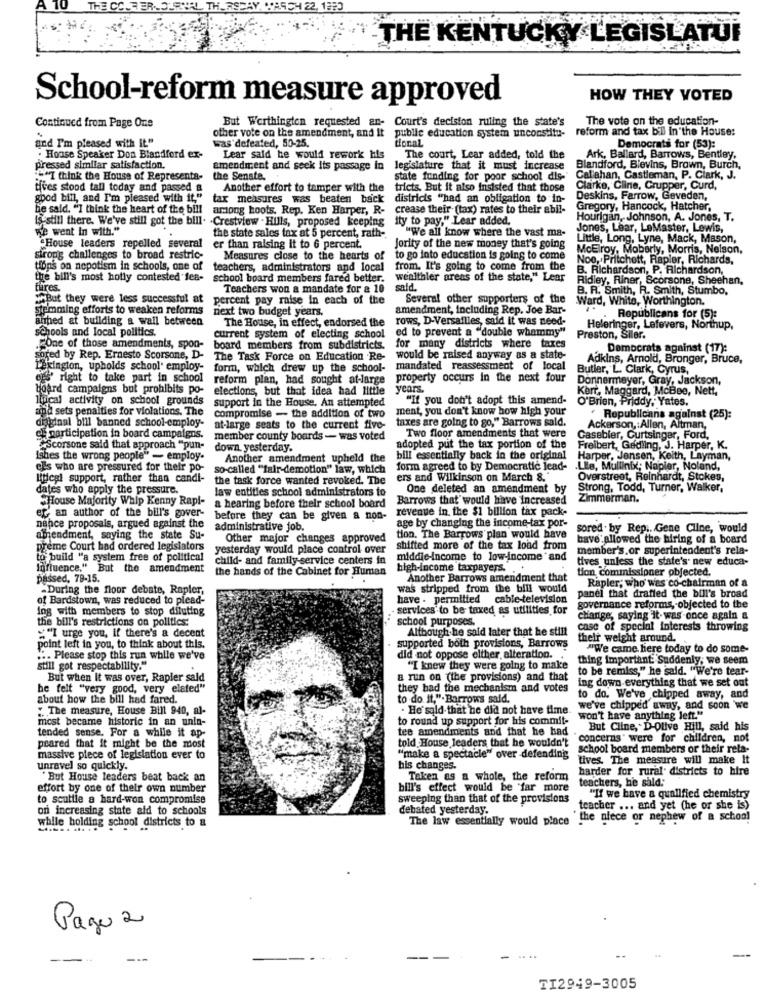
THE
L TH.
THE KENTUCKY LEGISLATUI
School-reform measure approved
HOW THEY VOTED
But Worthington requested an- Court's decision ruling the state's
The vote on the education-
Continued from Page One
other vote on the amendment, and It public education system unconstitu-
reform and tax bil In the House:
was defeated, 50-25.
and I'm pleased with it."
donal
Democrats for (53):
. House Speaker Don Blandford ex-
Lear said he would rework his
The court, Lear added, told the
Ark, Ballard, Barrows, Bentley,
pressed similar satisfaction.
amendment and seek its passage in
legislature that it must increase
Blandford, Blevins, Brown, Burch,
"I think the House of Representa-
the Senate.
state funding for poor school dis-
Callahan, Castleman, P. Clark, J.
tives stood tall today and passed a
Another effort to tamper with the
tricts. But it also insisted that those
Clarke, Cline, Grupper, Curd,
good bill, and I'm pleased with it"
tax measures was beaten back
districts "had an obligation to in-
Deskins, Farrow, Geveden,
he said. "I think the heart of the bill
among hoots. Rep. Ken Harper, R-
crease their (tax) rates to their abil-
Gregory, Hancock, Hatcher,
Is still there. We've still got the bill.
.Crestview . Hills, proposed keeping
ity to pay," Lear added,
Hourigan, Johnson, A. Jones, T.
we went in with."
"We all know where the vast ma-
Jones, Lear, LeMaster, Lewis,
the state sales tax at 5 percent, rath -.
Little, Long, Lyne, Mack, Mason,
-House leaders repelled several
er than raising it to 6 percent.
Jority of the new money that's going
McElroy, Moberly, Morris, Nelson,
siron's challenges to broad restric-
Measures close to the hearts of
to go into education is going to come
Noo, Pritchett, Rapler, Richards,
tions on nepotism in schools, one of
teachers, administrators and local
from. It's going to come from the
B. Richardson, P. Richardson,
the bill's most hotly contested fes- school board members fared better.
wealthler areas of the state," Lear
Ridley, Riner, Scorsone, Sheehan,
tures.
Teachers won a mandate for & 10
said.
B. R. Smith, R. Smith, Stumbo,
But they were less successful at
percent pay raise in each of the
Several other supporters of the
Ward, White, Worthington.
Stemming efforts to weaken reforms
next two budget years,
amendment, including Rep. Joe Bar-
Republicans for (5):
airhed at building a wall between
The House, in effect, endorsed the
rows, D-Versailles, said it was need-
ed to prevent a "double whammy"
Heleringer, Lefevers, Northup,
schools and local politics.
current system of electing school
Preston, Siler.
.One of those amendments, spon-
board members from subdistricts. for many districts where taxes
Democrats against (17):
sored by Rep. Ernesto Scorsone, D- The Task Force on Education Re-
would be raised anyway as a state-
Adkins, Arnold, Bronger, Bruce,
Lexington, upholds school' employ- form, which drew up the school-
mandated reassessment of local
Butler, L. Clark, Cyrus,
ogs' right to take part in school
reform plan, had sought at-large
property occurs In the next four
Donnermeyer, Gray, Jackson,
board campaigns but prohibits po-
elections, but that idea had little
years.
Kerr, Maggard, McBee, Nett,
linical activity on school grounds
support in the House. An attempted
"If you don't adopt this amend-
O'Brien, Priddy, Yates.
acid sets penalties for violations. The
ment, you don't know how high your
di iginal bill banned school-employ
compromise - the addition of two
taxes are going to go," Barrows sald.
Republicans against (25):
at-large seats to the current five-
Ackerson ,: Allen, Altman,
gi participation in board campaigns.
member county boards - was voted
Two floor amendments that were
Casebler, Curtsinger, Ford,
7'Scorsone said that approach "pun-
down. yesterday.
adopted put the tax portion of the
Freibert, Gedling, J. Harper, K.
Ishes the wrong people" - employ.
Another amendment upheld the
bill essentially back in the original
Harper, Jensen, Keith, Layman,
els who are pressured for their po-
so-called ""fair-demotion" law, which
form agreed to by Democratic lead-
.LIB, Mullinix; Napier, Noland,
Uitlegi support, rather than candi-
the task force wanted revoked. The
ers and Wilkinson on March 8.
Overstreet, Reinhardt, Stokes,
dates who apply the pressure.
law entities school administrators to
One deleted an amendment by
Strong, Todd, Turner, Walker,
House Majority Whip Kenny Rapl-
Barrows that would have Increased
Zimmerman.
er, an author of the bill's gover-
a hearing before their school board
revenue in the $1 billion tax pack-
before they can be given a non-
nance proposals, argued against the
administrative job.
age by changing the income-tax por-
sored . by Rep .. Gene Cline, would
abendment, saying the state Su-
Other major changes approved
tion, The Barrows plan would have
have allowed the hiring of a board
preme Court had ordered legislators
yesterday would place control over
shifted more of the tax load from
member's,or superintendent's rela-
to build "a system free of political
child- and family-service centers in
middle-income to low-income and
tives unless the state's new educa-
Influence," But the amendment
the hands of the Cabinet for Human
high-income taxpayers.
tion commissioner objected.
passed, 79-15.
Another Barrows amendment that
Rapler, who was co-chairman of a
"During the floor debate, Rapler,
was stripped from the bill would
of Bardstown, was reduced to plead-
have . permitted cable-television
panel that drafted the bill's broad
ins with members to stop diluting
services to be taxed as utilities for
governance reforms, objected to the
the bill's restrictions on politics:
school purposes.
charge, saying it-was once again a
="I urge you, if there's a decent
Although.he said later that he still
case of special interests throwing
their weight around.
point left in you, to think about this.
supported both provisions, Barrows
"We came here today to do some-
.. Please stop this run while we've
did not oppose elther, alteration.
thing important: Suddenly, we seem
still got respectability."
"I knew they were going to make
to be remiss," he said. "We're tear-
But when It was over, Rapier sald
a run on (the provisions) and that
ing down-everything that we set out
he felt "very good, very elated"
they had the mechanism and votes
about how the bill had fared.
to do it."- Barrows sald.
to do. We've chipped away, and
" The measure, House Bill 940, al-
. He said that he did not have time
we've chipped away, and soon we
mest became historic in an unin-
to round up support for his commit-
won't have anything left."
tee amendments and that he had
But Cline, D-Olive Hill, said his
tended sense. For a while it ap-
told House leaders that he wouldn't
concerns" were for children, not
peared that it might be the most
school board members or their rela-
massive piece of legislation ever to
"make a spectacle" over defending
tives. The measure will make It
unravel so quickly.
his changes.
harder for rural. districts to hire
"But House leaders beat back an
Taken as a whole, the reform
teachers, he said:"
effort by one of their own number
bill's effect would be far more
"If we have a qualified chemistry
to scuttle a hard-won compromise
sweeping than that of the provisions
on increasing state aid to schools
debated yesterday.
teacher ... and yet (he or she is)
while holding school districts to a
The law essentially would place the niece or nephew of a school
Pago 2
....
-
TI2949-3005